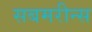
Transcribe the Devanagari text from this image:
सबमरीन्स